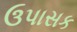
ઉપાસક